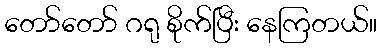
တော်တော် ဂရု စိုက်ပြီး နေကြတယ်။